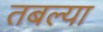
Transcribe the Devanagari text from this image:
तबल्या